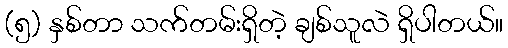
(၅) နှစ်တာ သက်တမ်းရှိတဲ့ ချစ်သူလဲ ရှိပါတယ်။